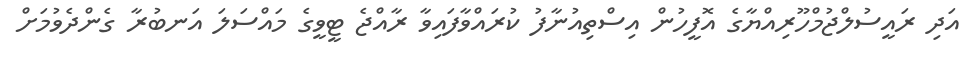
އަދި ރައީސުލްޖުމްހޫރިއްޔާގެ އޮފީހުން އިސްތިއުނާފު ކުރައްވާފައިވާ ރާއްޖެ ޓީވީގެ މައްސަލަ އަނބުރާ ގެންދެވުމަށް